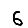
Digit: 6